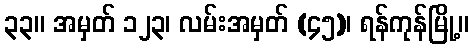
၃၃။ အမှတ် ၁၂၃၊ လမ်းအမှတ် (၄၅)၊ ရန်ကုန်မြို့။